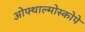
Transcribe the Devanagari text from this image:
ओफ्थाल्मोस्कोपे